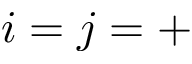
i = j = +